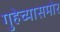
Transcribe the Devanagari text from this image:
गुहेच्यासमोर